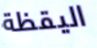
اليقظة